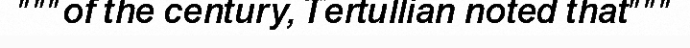
"""of the century, Tertullian noted that"""